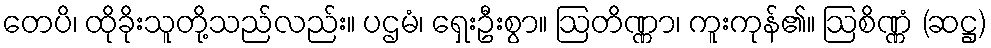
တေပိ၊ ထိုခိုးသူတို့သည်လည်း။ ပဌမံ၊ ရှေးဦးစွာ။ ဩတိဏ္ဏာ၊ ကူးကုန်၏။ ဩစိဏ္ဏံ (ဆဋ္ဌ)